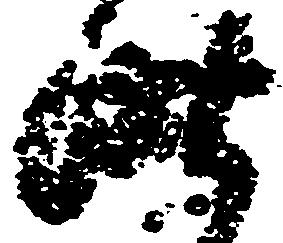
昨